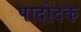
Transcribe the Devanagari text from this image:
पादोदक